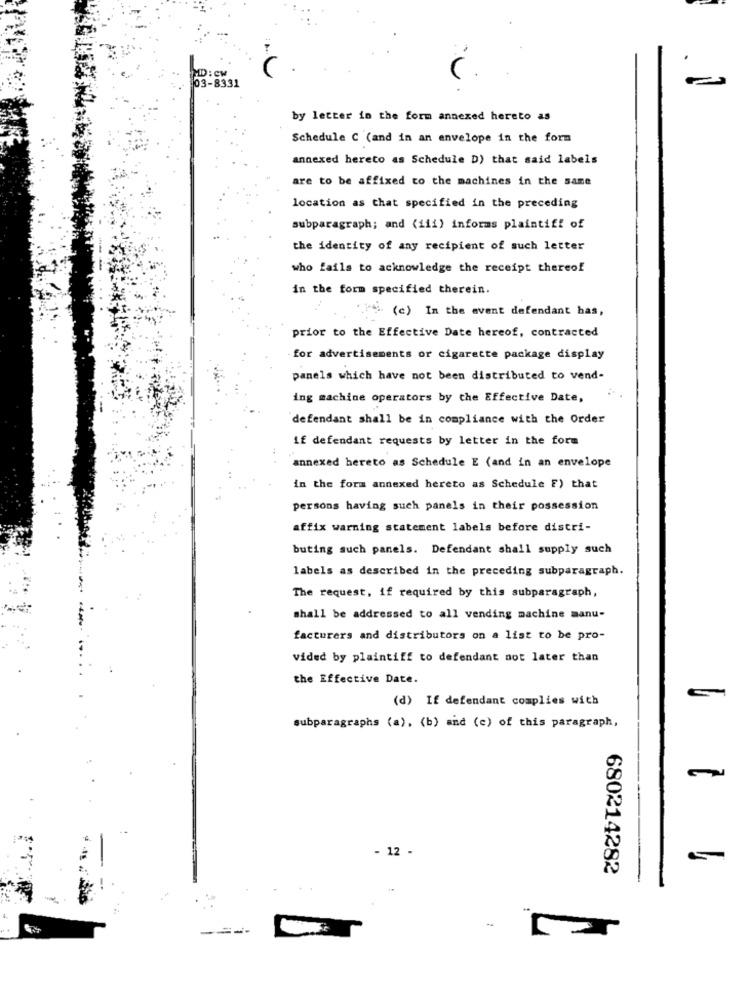
MID:Cw
03-8331
by letter in the form annexed hereto as
Schedule C (and in an envelope in the form
annexed hereto as Schedule D) that said labels
are to be affixed to the machines in the same
location as that specified in the preceding
subparagraph; and (111) informs plaintiff of
the identity of any recipient of such letter
who fails to acknowledge the receipt thereof
in the form specified therein.
(c) In the event defendant has,
prior to the Effective Date hereof, contracted
for advertisements or cigarette package display
panels which have not been distributed to vend-
ing machine operators by the Effective Date,
defendant shall be in compliance with the Order
if defendant requests by letter in the form
annexed hereto as Schedule E (and in an envelope
in the form annexed hereto as Schedule F) that
persons having such panels in their possession
affix warning statement labels before distri-
buting such panels. Defendant shall supply such
labels as described in the preceding subparagraph.
The request, if required by this subparagraph,
shall be addressed to all vending machine manu-
facturers and distributors on a list to be pro-
vided by plaintiff to defendant not later than
the Effective Date.
(d) If defendant complies with
subparagraphs (a), (b) and (c) of this paragraph,
- 12 -
680214282
----